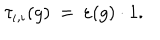
\tau _ { \iota , \iota } ( g ) \: = \: \varepsilon ( g ) \cdot 1 .